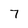
Character: 7